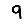
Digit: 9